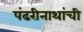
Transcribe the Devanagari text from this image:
पंढरीनाथांची